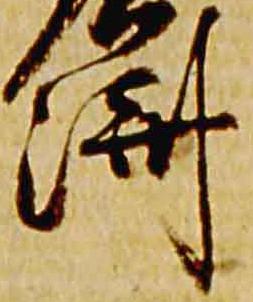
済